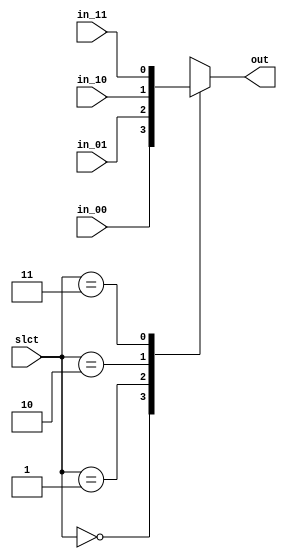
module mux4x1(in_00, in_01, in_10, in_11, slct, out);

	parameter data_width = 1;

	input[data_width-1:0]	in_00;
	input[data_width-1:0]	in_01;
	input[data_width-1:0]	in_10;
	input[data_width-1:0]	in_11;
	input[1:0]				slct;
	output[data_width-1:0]	out;

	reg out;
	always @(*) begin
		case (slct)
			2'b00: out <= in_00;
			2'b01: out <= in_01;
			2'b10: out <= in_10;
			2'b11: out <= in_11;
		endcase // slct
	end // always @(*)
endmodule